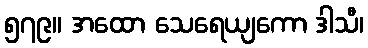
၅၇၉။ အထော သေရေယျကော ဒါသီ၊